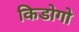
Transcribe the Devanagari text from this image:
किडोगो